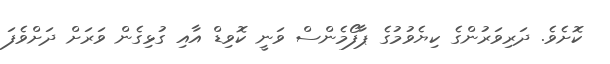
ކޮށެވެ. ދަރިވަރުންގެ ކިޔެވުމުގެ ޕާފޯމެންސް ވަނީ ކޮވިޑް އާއި ގުޅިގެން ވަރަށް ދަށްވެފަ